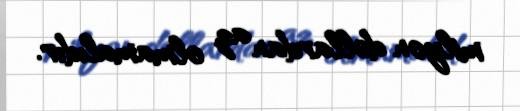
milyon dollardan az olmamalıdır.